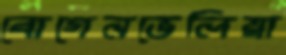
বোগেনভেলিয়া